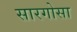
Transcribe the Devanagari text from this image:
सारगोसा